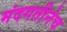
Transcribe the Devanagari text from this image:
मंदगतीनेच